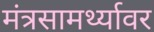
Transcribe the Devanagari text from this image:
मंत्रसामर्थ्यावर